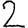
Digit: 2